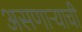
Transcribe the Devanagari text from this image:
असणाऱ्याची